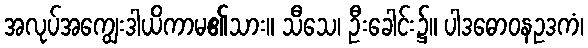
အလုပ်အကျွေးဒါယိကာမ၏သား။ သီသေ၊ ဦးခေါင်း၌။ ပါဒဓောဝနဥဒကံ၊